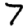
Digit: 7